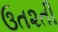
ઉત૨તી